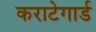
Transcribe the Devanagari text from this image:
कराटेगार्ड